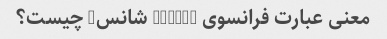
معنی عبارت فرانسوی "Bonne شانس" چیست؟